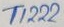
Text: T1222